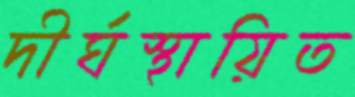
দীর্ঘস্থায়িত